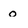
Character: o